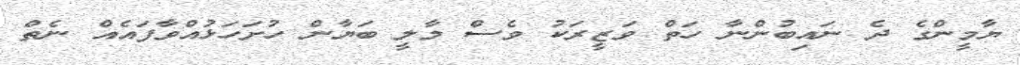
ޔާމީންގެ ދެ ނައިބުންނާ ހަތް ވަޒީރަކު ވެސް މާލީ ބަޔާން ހުށަހަޅުއްވާފައެއް ނެތް